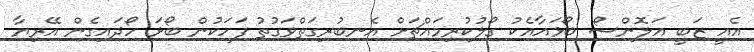
އެއީ ޒަބީ އަލޮންސޯ ބޯޅައާއެކު ގޯލުކުރިމައްޗަށް އެނބުރިގަތްވަގުތު ފަހަކުން ބޯޅަ ހޯދައިގެން އޭރިޔާ